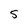
Character: 5